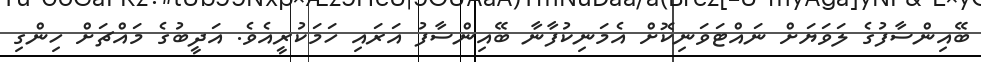
ބޭއިންސާފުގެ ލަވަޔަށް ނައްޓަވަނިކޮށް އެމަނިކުފާނާ ބޭއިންސާފު އަރައި ހަމަކުރީއެވެ. އަދީބުގެ މައްޗަށް ހިންގި